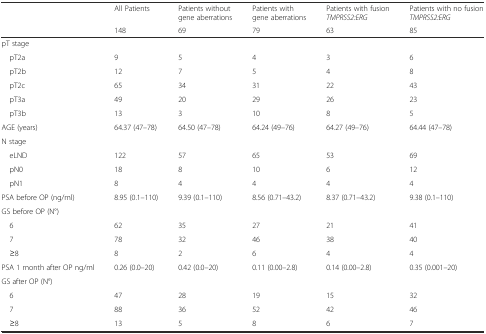
<table><thead><tr><td rowspan="2"></td><td><b>All Patients</b></td><td><b>Patients without gene aberrations</b></td><td><b>Patients with gene aberrations</b></td><td><b>Patients with fusion <i>TMPRSS2:ERG</i></b></td><td><b>Patients with no fusion <i>TMPRSS2:ERG</i></b></td></tr><tr><td><b>148</b></td><td><b>69</b></td><td><b>79</b></td><td><b>63</b></td><td><b>85</b></td></tr></thead><tbody><tr><td colspan="6">pT stage</td></tr><tr><td> pT2a</td><td>9</td><td>5</td><td>4</td><td>3</td><td>6</td></tr><tr><td> pT2b</td><td>12</td><td>7</td><td>5</td><td>4</td><td>8</td></tr><tr><td> pT2c</td><td>65</td><td>34</td><td>31</td><td>22</td><td>43</td></tr><tr><td> pT3a</td><td>49</td><td>20</td><td>29</td><td>26</td><td>23</td></tr><tr><td> pT3b</td><td>13</td><td>3</td><td>10</td><td>8</td><td>5</td></tr><tr><td>AGE (years)</td><td>64.37 (47–78)</td><td>64.50 (47–78)</td><td>64.24 (49–76)</td><td>64.27 (49–76)</td><td>64.44 (47–78)</td></tr><tr><td colspan="6">N stage</td></tr><tr><td> eLND</td><td>122</td><td>57</td><td>65</td><td>53</td><td>69</td></tr><tr><td> pN0</td><td>18</td><td>8</td><td>10</td><td>6</td><td>12</td></tr><tr><td> pN1</td><td>8</td><td>4</td><td>4</td><td>4</td><td>4</td></tr><tr><td>PSA before OP (ng/ml)</td><td>8.95 (0.1–110)</td><td>9.39 (0.1–110)</td><td>8.56 (0.71–43.2)</td><td>8.37 (0.71–43.2)</td><td>9.38 (0.1–110)</td></tr><tr><td colspan="6">GS before OP (N°)</td></tr><tr><td> 6</td><td>62</td><td>35</td><td>27</td><td>21</td><td>41</td></tr><tr><td> 7</td><td>78</td><td>32</td><td>46</td><td>38</td><td>40</td></tr><tr><td> ≥8</td><td>8</td><td>2</td><td>6</td><td>4</td><td>4</td></tr><tr><td>PSA 1 month after OP ng/ml</td><td>0.26 (0.0–20)</td><td>0.42 (0.0–20)</td><td>0.11 (0.00–2.8)</td><td>0.14 (0.00–2.8)</td><td>0.35 (0.001–20)</td></tr><tr><td colspan="6">GS after OP (N°)</td></tr><tr><td> 6</td><td>47</td><td>28</td><td>19</td><td>15</td><td>32</td></tr><tr><td> 7</td><td>88</td><td>36</td><td>52</td><td>42</td><td>46</td></tr><tr><td> ≥8</td><td>13</td><td>5</td><td>8</td><td>6</td><td>7</td></tr></tbody></table>